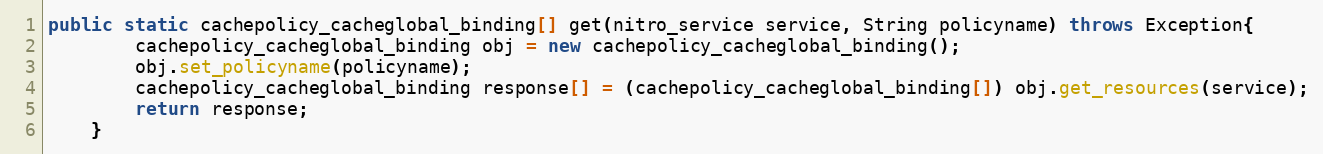
Language: Java
public static cachepolicy_cacheglobal_binding[] get(nitro_service service, String policyname) throws Exception{
		cachepolicy_cacheglobal_binding obj = new cachepolicy_cacheglobal_binding();
		obj.set_policyname(policyname);
		cachepolicy_cacheglobal_binding response[] = (cachepolicy_cacheglobal_binding[]) obj.get_resources(service);
		return response;
	}